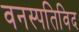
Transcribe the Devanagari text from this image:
वनस्पतिविद